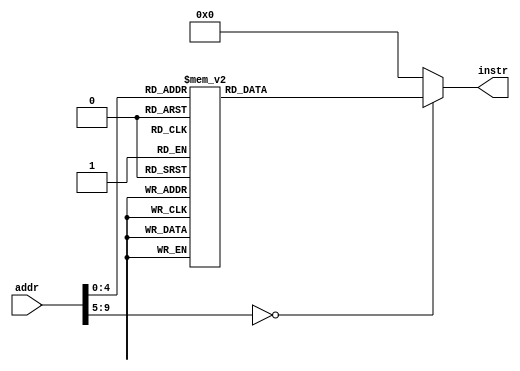
// this file is generated automatically
module Imem (
	input [9:0] addr,
	output reg[31:0] instr
);
	always @(addr) begin
		case (addr)
			10'b0000000000 : instr = 32'h00100293;
			10'b0000000001 : instr = 32'h00300313;
			10'b0000000010 : instr = 32'h00800493;
			10'b0000000011 : instr = 32'h00849493;
			10'b0000000100 : instr = 32'h07648493;
			10'b0000000101 : instr = 32'h01449493;
			10'b0000000110 : instr = 32'h00900533;
			10'b0000000111 : instr = 32'h02200893;
			10'b0000001000 : instr = 32'h00000073;
			10'b0000001001 : instr = 32'h00800e13;
			10'b0000001010 : instr = 32'h0054d4b3;
			10'b0000001011 : instr = 32'h0064d4b3;
			10'b0000001100 : instr = 32'h00900533;
			10'b0000001101 : instr = 32'h02200893;
			10'b0000001110 : instr = 32'h00000073;
			10'b0000001111 : instr = 32'hfffe0e13;
			10'b0000010000 : instr = 32'hfe0e14e3;
			10'b0000010001 : instr = 32'h00a00893;
			10'b0000010010 : instr = 32'h00000073
;
			default: instr = 0;
		endcase
	end
endmodule